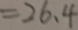
= 2 6 . 4